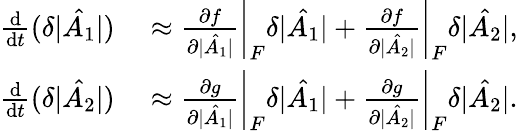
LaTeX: \begin{array}{rl}{\frac{\mathrm{d}}{\mathrm{d}t}(\delta|\hat{A_{1}}|)}&{{}\approx\left.\frac{\partial f}{\partial|\hat{A_{1}}|}\right|_{F}\delta|\hat{A_{1}}|+\left.\frac{\partial f}{\partial|\hat{A_{2}}|}\right|_{F}\delta|\hat{A_{2}}|,}\\ {\frac{\mathrm{d}}{\mathrm{d}t}(\delta|\hat{A_{2}}|)}&{{}\approx\left.\frac{\partial g}{\partial|\hat{A_{1}}|}\right|_{F}\delta|\hat{A_{1}}|+\left.\frac{\partial g}{\partial|\hat{A_{2}}|}\right|_{F}\delta|\hat{A_{2}}|.}\end{array}